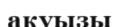
ақуызы